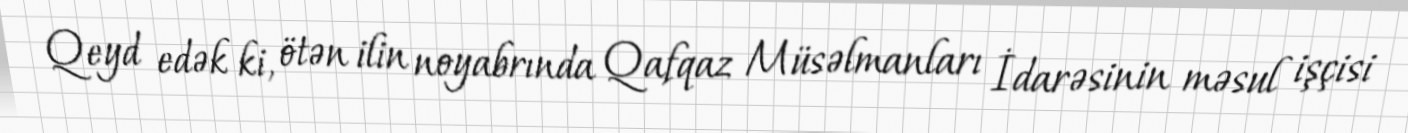
Qeyd edək ki, ötən ilin noyabrında Qafqaz Müsəlmanları İdarəsinin məsul işçisi